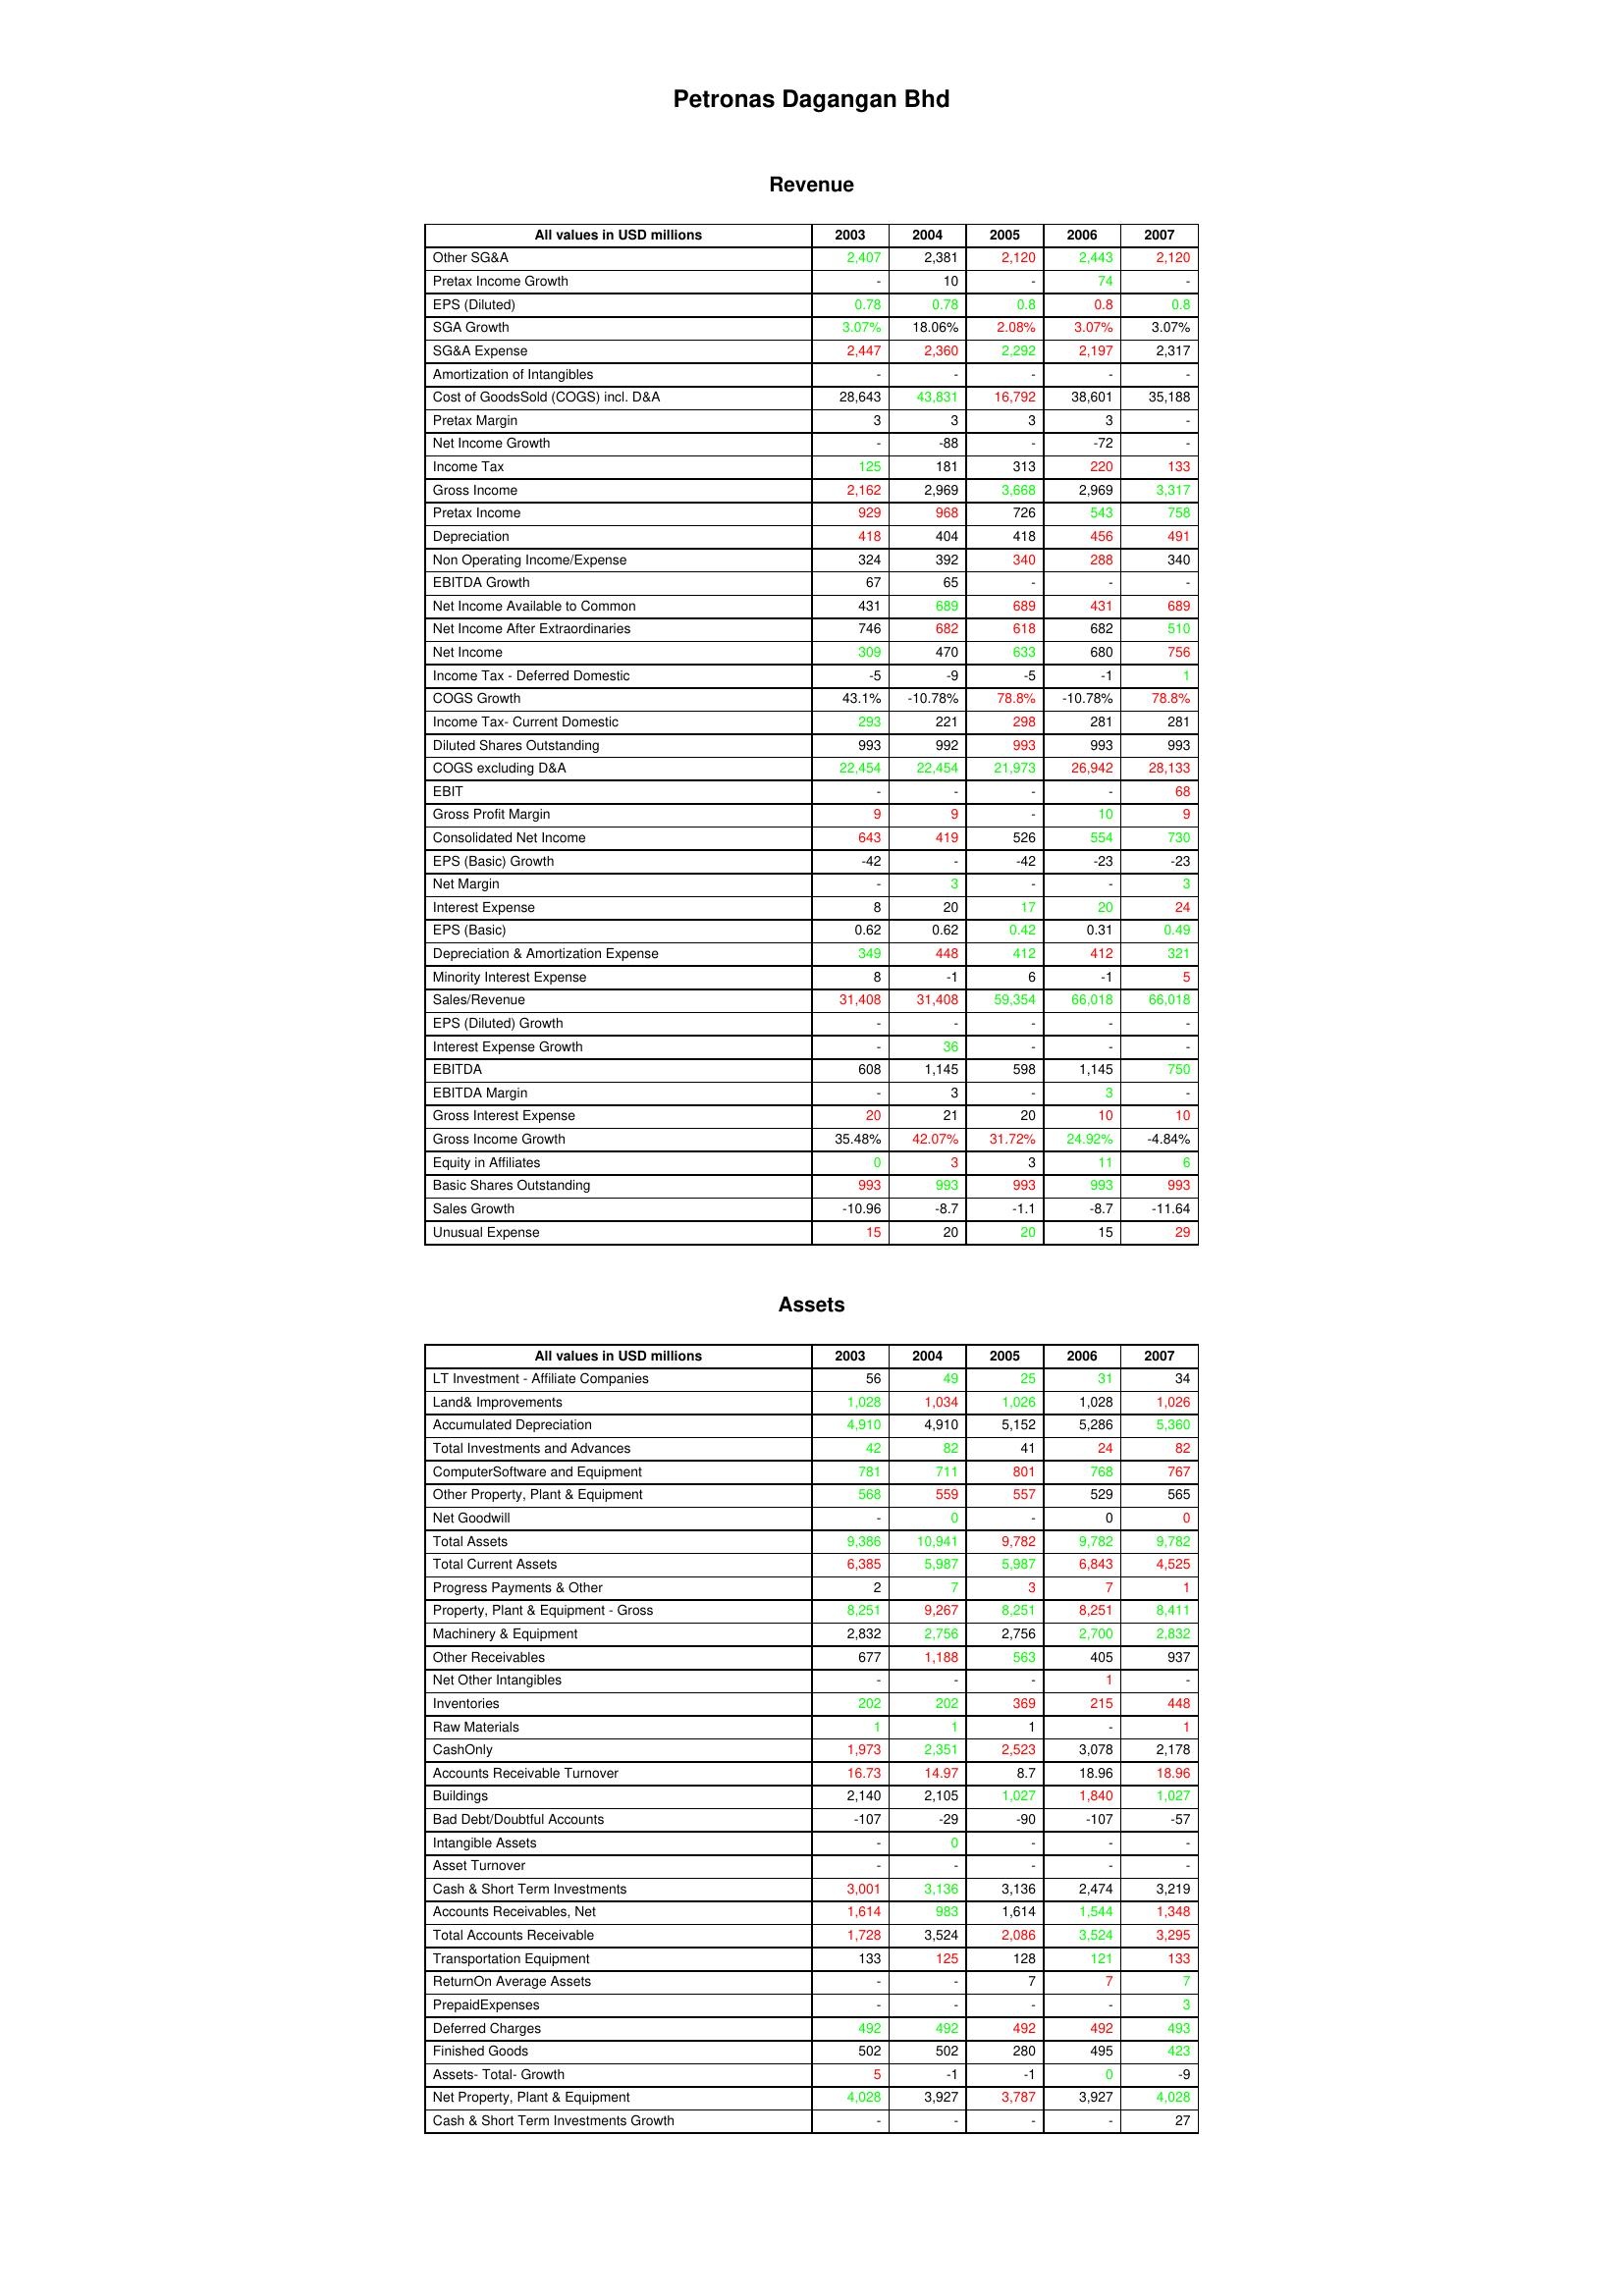
gt_parse: 2003: Revenue: Other SG&A: 2,407
Pretax Income Growth: -
EPS (Diluted): 0.78
SGA Growth: 3.07%
SG&A Expense: 2,447
Amortization of Intangibles: -
Cost of GoodsSold (COGS) incl. D&A: 28,643
Pretax Margin: 3
Net Income Growth: -
Income Tax: 125
Gross Income: 2,162
Pretax Income: 929
Depreciation: 418
Non Operating Income/Expense: 324
EBITDA Growth: 67
Net Income Available to Common: 431
Net Income After Extraordinaries: 746
Net Income: 309
Income Tax - Deferred Domestic: -5
COGS Growth: 43.1%
Income Tax- Current Domestic: 293
Diluted Shares Outstanding: 993
COGS excluding D&A: 22,454
EBIT: -
Gross Profit Margin: 9
Consolidated Net Income: 643
EPS (Basic) Growth: -42
Net Margin: -
Interest Expense: 8
EPS (Basic): 0.62
Depreciation & Amortization Expense: 349
Minority Interest Expense: 8
Sales/Revenue: 31,408
EPS (Diluted) Growth: -
Interest Expense Growth: -
EBITDA: 608
EBITDA Margin: -
Gross Interest Expense: 20
Gross Income Growth: 35.48%
Equity in Affiliates: 0
Basic Shares Outstanding: 993
Sales Growth: -10.96
Unusual Expense: 15
Assets: LT Investment - Affiliate Companies: 56
Land& Improvements: 1,028
Accumulated Depreciation: 4,910
Total Investments and Advances: 42
ComputerSoftware and Equipment: 781
Other Property, Plant & Equipment: 568
Net Goodwill: -
Total Assets: 9,386
Total Current Assets: 6,385
Progress Payments & Other: 2
Property, Plant & Equipment - Gross : 8,251
Machinery & Equipment: 2,832
Other Receivables: 677
Net Other Intangibles: -
Inventories: 202
Raw Materials: 1
CashOnly: 1,973
Accounts Receivable Turnover: 16.73
Buildings: 2,140
Bad Debt/Doubtful Accounts: -107
Intangible Assets: -
Asset Turnover: -
Cash & Short Term Investments: 3,001
Accounts Receivables, Net: 1,614
Total Accounts Receivable: 1,728
Transportation Equipment: 133
ReturnOn Average Assets: -
PrepaidExpenses: -
Deferred Charges: 492
Finished Goods: 502
Assets- Total- Growth: 5
Net Property, Plant & Equipment: 4,028
Cash & Short Term Investments Growth: -
2004: Revenue: Other SG&A: 2,381
Pretax Income Growth: 10
EPS (Diluted): 0.78
SGA Growth: 18.06%
SG&A Expense: 2,360
Amortization of Intangibles: -
Cost of GoodsSold (COGS) incl. D&A: 43,831
Pretax Margin: 3
Net Income Growth: -88
Income Tax: 181
Gross Income: 2,969
Pretax Income: 968
Depreciation: 404
Non Operating Income/Expense: 392
EBITDA Growth: 65
Net Income Available to Common: 689
Net Income After Extraordinaries: 682
Net Income: 470
Income Tax - Deferred Domestic: -9
COGS Growth: -10.78%
Income Tax- Current Domestic: 221
Diluted Shares Outstanding: 992
COGS excluding D&A: 22,454
EBIT: -
Gross Profit Margin: 9
Consolidated Net Income: 419
EPS (Basic) Growth: -
Net Margin: 3
Interest Expense: 20
EPS (Basic): 0.62
Depreciation & Amortization Expense: 448
Minority Interest Expense: -1
Sales/Revenue: 31,408
EPS (Diluted) Growth: -
Interest Expense Growth: 36
EBITDA: 1,145
EBITDA Margin: 3
Gross Interest Expense: 21
Gross Income Growth: 42.07%
Equity in Affiliates: 3
Basic Shares Outstanding: 993
Sales Growth: -8.7
Unusual Expense: 20
Assets: LT Investment - Affiliate Companies: 49
Land& Improvements: 1,034
Accumulated Depreciation: 4,910
Total Investments and Advances: 82
ComputerSoftware and Equipment: 711
Other Property, Plant & Equipment: 559
Net Goodwill: 0
Total Assets: 10,941
Total Current Assets: 5,987
Progress Payments & Other: 7
Property, Plant & Equipment - Gross : 9,267
Machinery & Equipment: 2,756
Other Receivables: 1,188
Net Other Intangibles: -
Inventories: 202
Raw Materials: 1
CashOnly: 2,351
Accounts Receivable Turnover: 14.97
Buildings: 2,105
Bad Debt/Doubtful Accounts: -29
Intangible Assets: 0
Asset Turnover: -
Cash & Short Term Investments: 3,136
Accounts Receivables, Net: 983
Total Accounts Receivable: 3,524
Transportation Equipment: 125
ReturnOn Average Assets: -
PrepaidExpenses: -
Deferred Charges: 492
Finished Goods: 502
Assets- Total- Growth: -1
Net Property, Plant & Equipment: 3,927
Cash & Short Term Investments Growth: -
2005: Revenue: Other SG&A: 2,120
Pretax Income Growth: -
EPS (Diluted): 0.8
SGA Growth: 2.08%
SG&A Expense: 2,292
Amortization of Intangibles: -
Cost of GoodsSold (COGS) incl. D&A: 16,792
Pretax Margin: 3
Net Income Growth: -
Income Tax: 313
Gross Income: 3,668
Pretax Income: 726
Depreciation: 418
Non Operating Income/Expense: 340
EBITDA Growth: -
Net Income Available to Common: 689
Net Income After Extraordinaries: 618
Net Income: 633
Income Tax - Deferred Domestic: -5
COGS Growth: 78.8%
Income Tax- Current Domestic: 298
Diluted Shares Outstanding: 993
COGS excluding D&A: 21,973
EBIT: -
Gross Profit Margin: -
Consolidated Net Income: 526
EPS (Basic) Growth: -42
Net Margin: -
Interest Expense: 17
EPS (Basic): 0.42
Depreciation & Amortization Expense: 412
Minority Interest Expense: 6
Sales/Revenue: 59,354
EPS (Diluted) Growth: -
Interest Expense Growth: -
EBITDA: 598
EBITDA Margin: -
Gross Interest Expense: 20
Gross Income Growth: 31.72%
Equity in Affiliates: 3
Basic Shares Outstanding: 993
Sales Growth: -1.1
Unusual Expense: 20
Assets: LT Investment - Affiliate Companies: 25
Land& Improvements: 1,026
Accumulated Depreciation: 5,152
Total Investments and Advances: 41
ComputerSoftware and Equipment: 801
Other Property, Plant & Equipment: 557
Net Goodwill: -
Total Assets: 9,782
Total Current Assets: 5,987
Progress Payments & Other: 3
Property, Plant & Equipment - Gross : 8,251
Machinery & Equipment: 2,756
Other Receivables: 563
Net Other Intangibles: -
Inventories: 369
Raw Materials: 1
CashOnly: 2,523
Accounts Receivable Turnover: 8.7
Buildings: 1,027
Bad Debt/Doubtful Accounts: -90
Intangible Assets: -
Asset Turnover: -
Cash & Short Term Investments: 3,136
Accounts Receivables, Net: 1,614
Total Accounts Receivable: 2,086
Transportation Equipment: 128
ReturnOn Average Assets: 7
PrepaidExpenses: -
Deferred Charges: 492
Finished Goods: 280
Assets- Total- Growth: -1
Net Property, Plant & Equipment: 3,787
Cash & Short Term Investments Growth: -
2006: Revenue: Other SG&A: 2,443
Pretax Income Growth: 74
EPS (Diluted): 0.8
SGA Growth: 3.07%
SG&A Expense: 2,197
Amortization of Intangibles: -
Cost of GoodsSold (COGS) incl. D&A: 38,601
Pretax Margin: 3
Net Income Growth: -72
Income Tax: 220
Gross Income: 2,969
Pretax Income: 543
Depreciation: 456
Non Operating Income/Expense: 288
EBITDA Growth: -
Net Income Available to Common: 431
Net Income After Extraordinaries: 682
Net Income: 680
Income Tax - Deferred Domestic: -1
COGS Growth: -10.78%
Income Tax- Current Domestic: 281
Diluted Shares Outstanding: 993
COGS excluding D&A: 26,942
EBIT: -
Gross Profit Margin: 10
Consolidated Net Income: 554
EPS (Basic) Growth: -23
Net Margin: -
Interest Expense: 20
EPS (Basic): 0.31
Depreciation & Amortization Expense: 412
Minority Interest Expense: -1
Sales/Revenue: 66,018
EPS (Diluted) Growth: -
Interest Expense Growth: -
EBITDA: 1,145
EBITDA Margin: 3
Gross Interest Expense: 10
Gross Income Growth: 24.92%
Equity in Affiliates: 11
Basic Shares Outstanding: 993
Sales Growth: -8.7
Unusual Expense: 15
Assets: LT Investment - Affiliate Companies: 31
Land& Improvements: 1,028
Accumulated Depreciation: 5,286
Total Investments and Advances: 24
ComputerSoftware and Equipment: 768
Other Property, Plant & Equipment: 529
Net Goodwill: 0
Total Assets: 9,782
Total Current Assets: 6,843
Progress Payments & Other: 7
Property, Plant & Equipment - Gross : 8,251
Machinery & Equipment: 2,700
Other Receivables: 405
Net Other Intangibles: 1
Inventories: 215
Raw Materials: -
CashOnly: 3,078
Accounts Receivable Turnover: 18.96
Buildings: 1,840
Bad Debt/Doubtful Accounts: -107
Intangible Assets: -
Asset Turnover: -
Cash & Short Term Investments: 2,474
Accounts Receivables, Net: 1,544
Total Accounts Receivable: 3,524
Transportation Equipment: 121
ReturnOn Average Assets: 7
PrepaidExpenses: -
Deferred Charges: 492
Finished Goods: 495
Assets- Total- Growth: 0
Net Property, Plant & Equipment: 3,927
Cash & Short Term Investments Growth: -
2007: Revenue: Other SG&A: 2,120
Pretax Income Growth: -
EPS (Diluted): 0.8
SGA Growth: 3.07%
SG&A Expense: 2,317
Amortization of Intangibles: -
Cost of GoodsSold (COGS) incl. D&A: 35,188
Pretax Margin: -
Net Income Growth: -
Income Tax: 133
Gross Income: 3,317
Pretax Income: 758
Depreciation: 491
Non Operating Income/Expense: 340
EBITDA Growth: -
Net Income Available to Common: 689
Net Income After Extraordinaries: 510
Net Income: 756
Income Tax - Deferred Domestic: 1
COGS Growth: 78.8%
Income Tax- Current Domestic: 281
Diluted Shares Outstanding: 993
COGS excluding D&A: 28,133
EBIT: 68
Gross Profit Margin: 9
Consolidated Net Income: 730
EPS (Basic) Growth: -23
Net Margin: 3
Interest Expense: 24
EPS (Basic): 0.49
Depreciation & Amortization Expense: 321
Minority Interest Expense: 5
Sales/Revenue: 66,018
EPS (Diluted) Growth: -
Interest Expense Growth: -
EBITDA: 750
EBITDA Margin: -
Gross Interest Expense: 10
Gross Income Growth: -4.84%
Equity in Affiliates: 6
Basic Shares Outstanding: 993
Sales Growth: -11.64
Unusual Expense: 29
Assets: LT Investment - Affiliate Companies: 34
Land& Improvements: 1,026
Accumulated Depreciation: 5,360
Total Investments and Advances: 82
ComputerSoftware and Equipment: 767
Other Property, Plant & Equipment: 565
Net Goodwill: 0
Total Assets: 9,782
Total Current Assets: 4,525
Progress Payments & Other: 1
Property, Plant & Equipment - Gross : 8,411
Machinery & Equipment: 2,832
Other Receivables: 937
Net Other Intangibles: -
Inventories: 448
Raw Materials: 1
CashOnly: 2,178
Accounts Receivable Turnover: 18.96
Buildings: 1,027
Bad Debt/Doubtful Accounts: -57
Intangible Assets: -
Asset Turnover: -
Cash & Short Term Investments: 3,219
Accounts Receivables, Net: 1,348
Total Accounts Receivable: 3,295
Transportation Equipment: 133
ReturnOn Average Assets: 7
PrepaidExpenses: 3
Deferred Charges: 493
Finished Goods: 423
Assets- Total- Growth: -9
Net Property, Plant & Equipment: 4,028
Cash & Short Term Investments Growth: 27